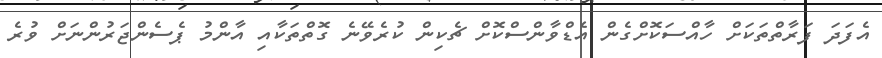
އެފަދަ ފަރާތްތަކަށް ހާއްސަކޮށްގެން އެޑްވާންސްކޮށް ޗެކިން ކުރެވޭނެ ގޮތްތަކާއި އާންމު ޕެސެންޖަރުންނަށް ވުރެ